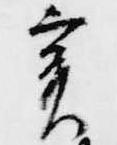
実